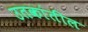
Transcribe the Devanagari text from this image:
उतकांतील